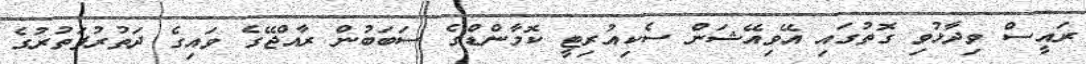
ރައީސް ވިދާޅުވި ގޮތުގައި އޭވިއޭޝަން ސެކިއުރިޓީ ކޮމާންޑްގެ ސަބަބުން ރާއްޖޭގެ ވައިގެ ދަތުރުފަތުރުގެ